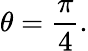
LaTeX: \theta={\frac{\pi}{4}}.